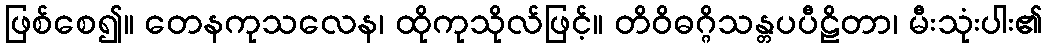
ဖြစ်စေ၍။ တေနကုသလေန၊ ထိုကုသိုလ်ဖြင့်။ တိဝိဓဂ္ဂိသန္တပပီဠိတာ၊ မီးသုံးပါး၏